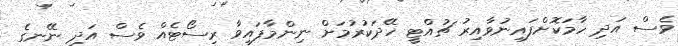
ވެސް އަދި ހާމަކޮށްފައިނުވާއިރު ޗުއްޓީ ހޭދަކުރުމަށް ނިންމާފައިވާ ރިސޯޓެއް ވެސް އަދި ނޭނގެ